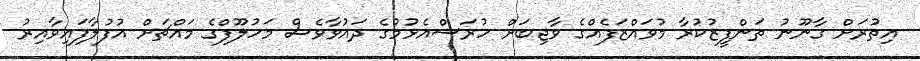
އިތުރަށް ގާނޫނު ތަންފީޒުކުރާ މުވައްޒަފެއްގެ ވާޖިބަށް ހުރަސްއެޅުމުގެ ދައުވާވެސް މަހުލޫފްގެ މައްޗަށް އުފުލާފައިވާއިރު